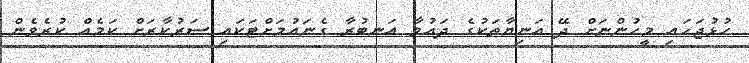
ހުޅުޖަހައި މީހުންނަށް ދޭ އަނިޔާތަކުގެ ދައުވާ އަނބުރާ ގެނައުމަށްޓަކައި ސަރުކާރަށް ކަމެއް ކުރެވެން